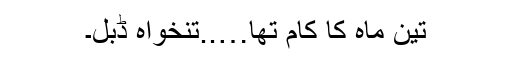
تین ماہ کا کام تھا…..تنخواہ ڈبل۔